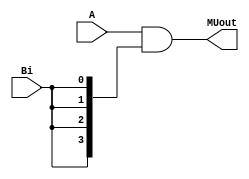
module MultiplierUnit(A, Bi, MUout);
input [3:0] A;
input Bi;
output [3:0] MUout;

assign MUout= A & {4{Bi}};

endmodule